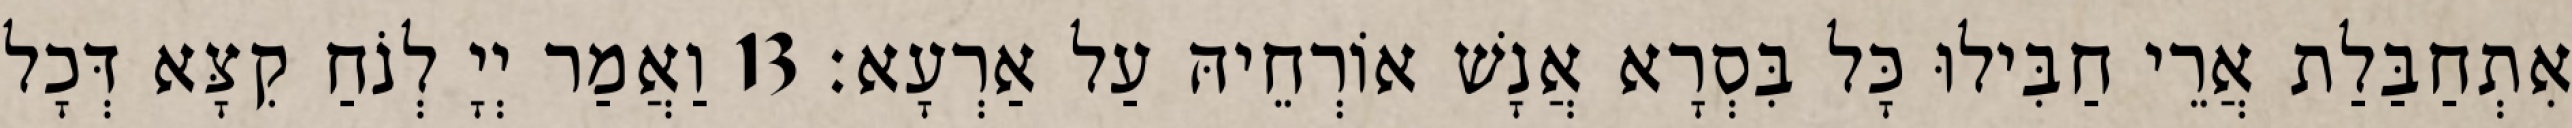
אִתְחַבַּלַת אֲרֵי חַבִּילוּ כָּל בִּסְרָא אֲנָשׁ אוֹרְחֵיהּ עַל אַרְעָא׃ 13 וַאֲמַר יְיָ לְנֹחַ קִצָּא דְּכָל